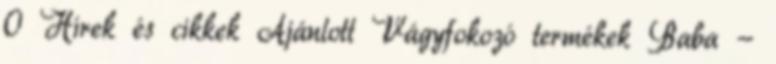
0 Hírek és cikkek Ajánlott Vágyfokozó termékek Baba -